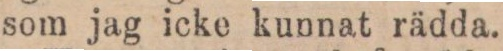
som jag icke kunnat rädda.